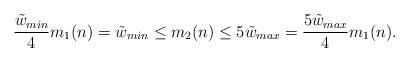
LaTeX: \begin{align*}\frac{\tilde{w}_{min}}{4}m_1(n) = \tilde{w}_{min} \leq m_2(n) \leq 5\tilde{w}_{max} = \frac{5\tilde{w}_{max}}{4}m_1(n).\end{align*}